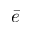
\bar { e }